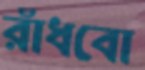
রাঁধবো